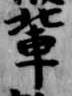
輩